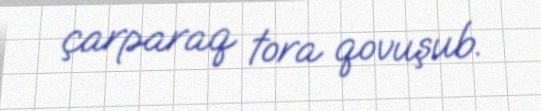
çarparaq tora qovuşub.